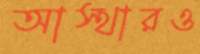
আস্থারও